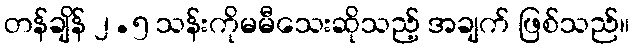
တန်ချိန် ၂.၅ သန်းကိုမမီသေးဆိုသည့် အချက် ဖြစ်သည်။